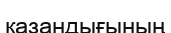
қазандығының